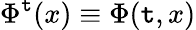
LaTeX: \Phi^{\mathtt{t}}(x)\equiv\Phi(\mathtt{t},x)